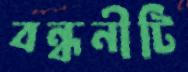
বন্ধনীটি